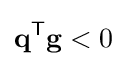
\mathbf {q} ^{\mathsf {T}}\mathbf {g} <0